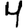
Digit: 4